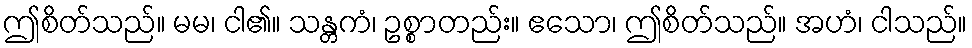
ဤစိတ်သည်။ မမ၊ ငါ၏။ သန္တကံ၊ ဥစ္စာတည်း။ ဧသော၊ ဤစိတ်သည်။ အဟံ၊ ငါသည်။